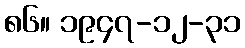
၈၆။ ၁၉၄၇-၁၂-၃၁